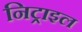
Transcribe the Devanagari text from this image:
निट्राइल